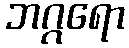
ဘဂ္ဂရော